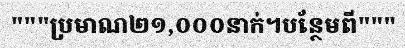
"""ប្រមាណ២១,០០០នាក់។បន្ថែមពី"""